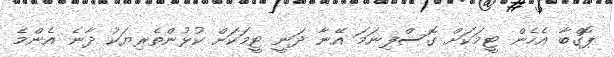
ޕޮގްބާ އެހެން ޓީމަކަށް ގޮސްފިނަމަ އޭނާ ދަނީ ޓީމަކަށް ކުޅުންތެރިޔަކު ދާނެ އެންމެ